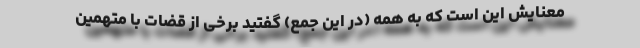
معنایش این است که به همه (در این جمع) گفتید برخی از قضات با متهمین